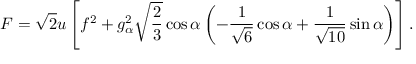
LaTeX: F = \sqrt 2 u \left[ f ^ { 2 } + g _ { \alpha } ^ { 2 } \sqrt { \frac { 2 } { 3 } } \cos \alpha \left( - { \frac { 1 } { \sqrt 6 } } \cos \alpha + { \frac { 1 } { \sqrt { 1 0 } } } \sin \alpha \right) \right] .